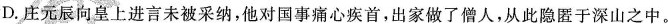
D.庄元辰向皇上进言未被采纳，他对国事痛心疾首，出家做了僧人，从此隐匿于深山之中。